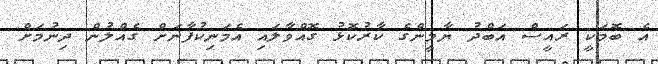
އެ ބޮމަކީ ރައީސް އަބްދު ޔާމީންގެ ކާރުކޮޅު ގޮއްވާލައި އެމަނިކުފާނަށް ގެއްލުން ދިނުމަށް